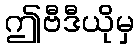
ဤဗီဒီယိုမှ